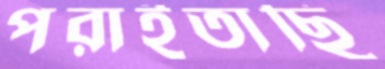
পরাইতাছি